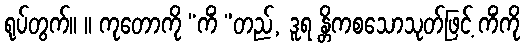
ရုပ်တွက်။ ။ ကုတောကို “ကိံ ”တည်, ဒူရ န္တိကစသောသုတ်ဖြင့် ကိံကို